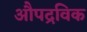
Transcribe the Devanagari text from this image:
औपद्रविक